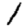
Digit: 1